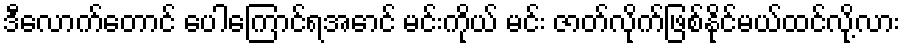
ဒီလောက်တောင် ပေါကြောင်ရအောင် မင်းကိုယ် မင်း ဇာတ်လိုက်ဖြစ်နိုင်မယ်ထင်လို့လား